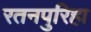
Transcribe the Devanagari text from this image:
रतनपुरिहा